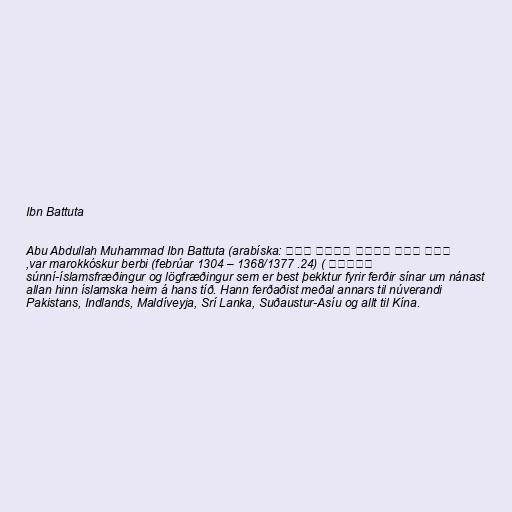
Ibn Battuta

Abu Abdullah Muhammad Ibn Battuta (arabíska: أبو عبد الله محمد ابن
بطوطة ) (24. febrúar 1304 – 1368/1377) var marokkóskur berbi,
súnní-íslamsfræðingur og lögfræðingur sem er best þekktur fyrir ferðir sínar um nánast
allan hinn íslamska heim á hans tíð. Hann ferðaðist meðal annars til núverandi
Pakistans, Indlands, Maldíveyja, Srí Lanka, Suðaustur-Asíu og allt til Kína.